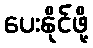
ပေးနိုင်ဖို့